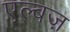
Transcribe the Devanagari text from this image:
एल्बज़